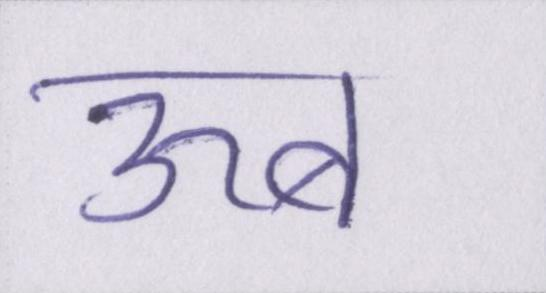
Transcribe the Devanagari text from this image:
ऊब